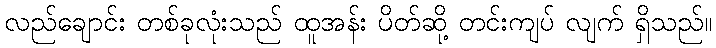
လည်ချောင်း တစ်ခုလုံးသည် ထူအန်း ပိတ်ဆို့ တင်းကျပ် လျက် ရှိသည်။